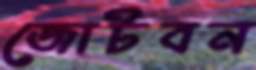
জোটবন